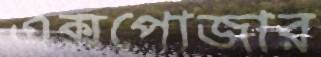
এক্সপোজার